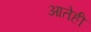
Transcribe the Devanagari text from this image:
आतेही